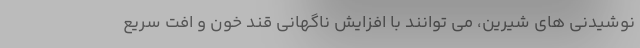
نوشیدنی های شیرین، می توانند با افزایش ناگهانی قند خون و افت سریع